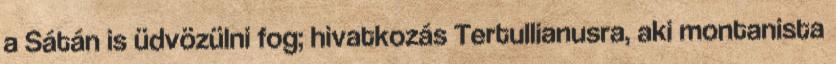
a Sátán is üdvözülni fog; hivatkozás Tertullianusra, aki montanista